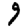
Digit: 9